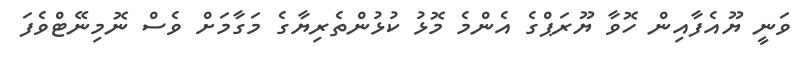
ވަނީ ޔޫއެފާއިން ހޮވާ ޔޫރަޕްގެ އެންމެ މޮޅު ކުޅުންތެރިޔާގެ މަގާމަށް ވެސް ނޮމިނޭޓްވެފަ